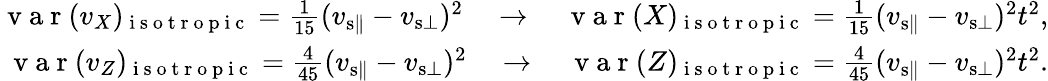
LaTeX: \begin{array}{r}{\mathrm{~v~a~r~}(v_{X})_{\mathrm{~i~s~o~t~r~o~p~i~c~}}=\frac{1}{15}(v_{{\mathrm{s}}\parallel}-v_{{\mathrm{s}}\bot})^{2}\quad\rightarrow\quad\mathrm{~v~a~r~}(X)_{\mathrm{~i~s~o~t~r~o~p~i~c~}}=\frac{1}{15}(v_{{\mathrm{s}}\parallel}-v_{{\mathrm{s}}\bot})^{2}t^{2},}\\ {\mathrm{~v~a~r~}(v_{Z})_{\mathrm{~i~s~o~t~r~o~p~i~c~}}=\frac{4}{45}(v_{{\mathrm{s}}\parallel}-v_{{\mathrm{s}}\bot})^{2}\quad\rightarrow\quad\mathrm{~v~a~r~}(Z)_{\mathrm{~i~s~o~t~r~o~p~i~c~}}=\frac{4}{45}(v_{{\mathrm{s}}\parallel}-v_{{\mathrm{s}}\bot})^{2}t^{2}.}\end{array}